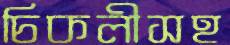
চিকলীসহ